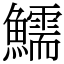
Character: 鱬